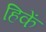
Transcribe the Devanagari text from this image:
हिकें